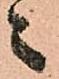
之